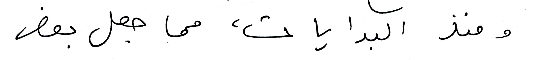
ومنذ البدايات، مما جعل بعض